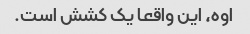
اوه، این واقعا یک کشش است.